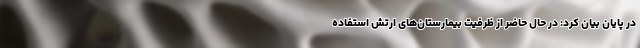
در پایان بیان کرد: در حال حاضر از ظرفیت بیمارستان‌های ارتش استفاده